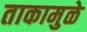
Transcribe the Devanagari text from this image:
ताकामुळे